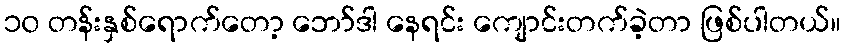
၁၀ တန်းနှစ်ရောက်တော့ ဘော်ဒါ နေရင်း ကျောင်းတက်ခဲ့တာ ဖြစ်ပါတယ်။